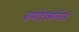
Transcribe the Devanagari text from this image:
बायोटेक्नौलौजी